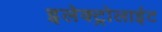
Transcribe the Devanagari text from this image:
इलेक्ट्रोलाईट